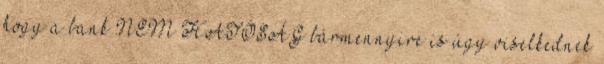
hogy a bank NEM HATÓSÁG bármennyire is úgy viselkednek